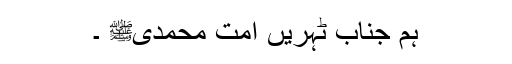
ہم جناب ٹہریں اُمتِ محمدیﷺ ۔